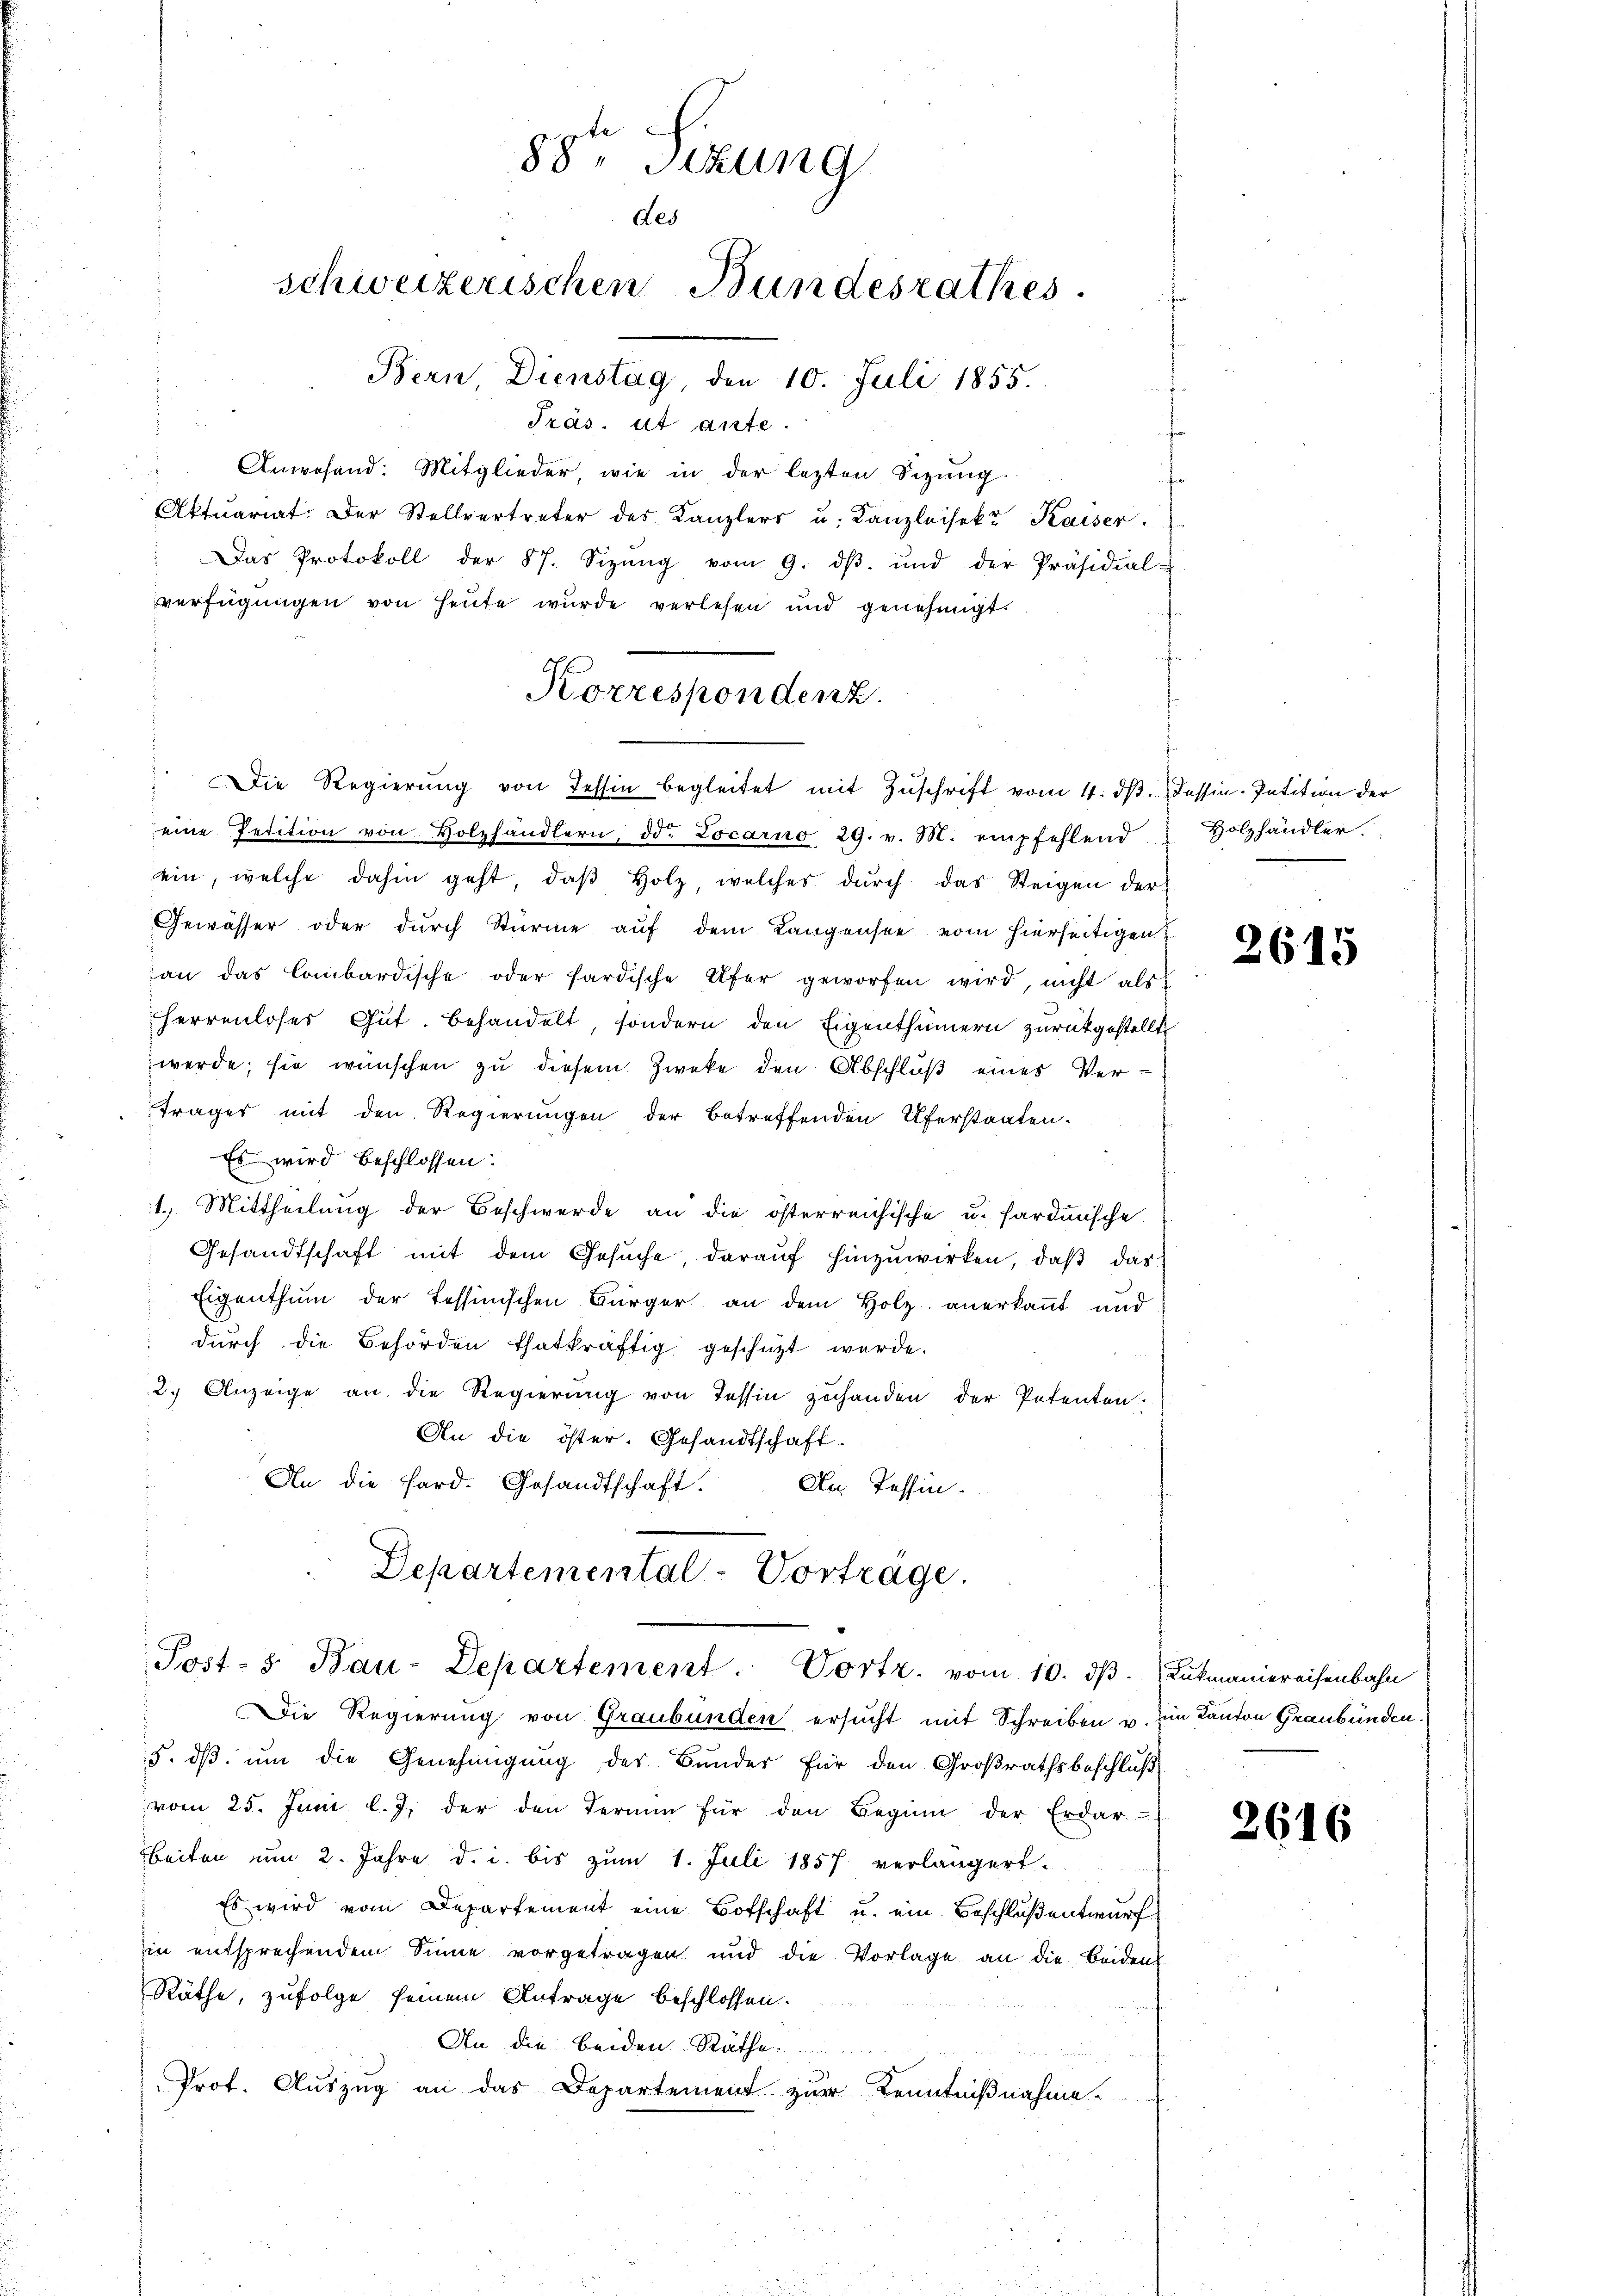
Präs. ut ante.
Anwesend: Mitglieder, wie in der lezten Sizung.
Aktuariat. Der Stellvertreter des Kanzlers u. Kanzleisekt Kaiser
" Das Protokoll der § 7. Sizŭng vom 9. dβ. und der Präsidial-
verfügungen von heute wurde verlesen und genehmigt.
eine Petition von Holzhändlern, d. Locarno 29. v. M. empfehlend
ein, welche dahin geht, daβ Holz, welches dŭrch das Steigen der
Gewässer oder durch Stürme auf dem Langensee vom hierseitigen
an das lombardische oder fardische Ufer geworfen wird, nicht als
Herrenloses Gut. Behandelt, sondern den Eigenthümern zurückgestellt
werde; sie wünschen zu diesem Zweke den Abschluß eines Ver¬
Träger mit den Regierungen der betreffenden Uferstaaten.
Es wird beschlossen:
1.) Mittheilung der Beschwerde an die österreichische u. Pardunsche
Gesandtschaft mit dem Gesuche, darauf hinzuwirken, daß das
Eigenthum der Tessinischen Bürger an dem Holz anerkannt und
dŭrch die Behörden thatkräftig geschüzt werde.
2.) Anzeige an die Regierung von Tessin zuhanden der Petenten.
An die öster. Gesandtschaft-
An die Sard. Gesandtschaft. Dr Tessin-
Departemental-Vorträge.
Post- Bau-Departement: Vortr. vom 10. dβ. Lukmaniereisenbahn
 Die Regierung von Graubünden ersucht mit Schreiben u. im Kanton Graubünden.
5. dß um die Genehmigung des Bundes für den Großrathsbeschluß
vom 25. Juni l. J. der den Termin für den Beginn der Erdar
beiten um 2. Jahre d. i. bis zum 1. Juli 1857 verlängert.
Es wird vom Departement eine Botschaft u. ein Beschluß entwurf
in entsprechendem Sinne vorgetragen und die Vorlage an die Beiden
Räthe, zufolge seinem Antrage beschlossen.
An die beiden Räthe.
Prof. Auszug an das Departement zur Kenntnißnahme.

te
88. Sizung
des
schweizerischen Bundesrathes.
Bern Dienstag, den 10. Juli 1855.

Korrespondenz.
 Die Regierŭng von Tessin begleitet mit Zŭschrift vom 4. dβ. Tessin-Intition der

Holzhändler.

2615

2616